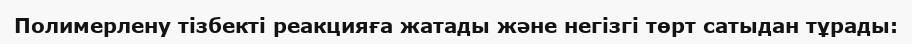
Полимерлену тізбекті реакцияға жатады және негізгі төрт сатыдан тұрады: